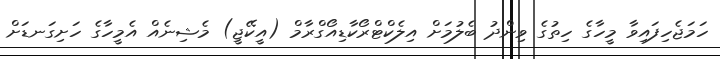
ހަމަޖެހިފައިވާ މީހާގެ ހިތުގެ ވިންދު ބެލުމަށް އިލެކްޓްރޯކާޑިއޯގްރާމް (އީކޭޖީ) މެޝިނެއް އެމީހާގެ ހަށިގަނޑަށް